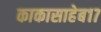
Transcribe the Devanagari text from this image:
काकासाहेब१७